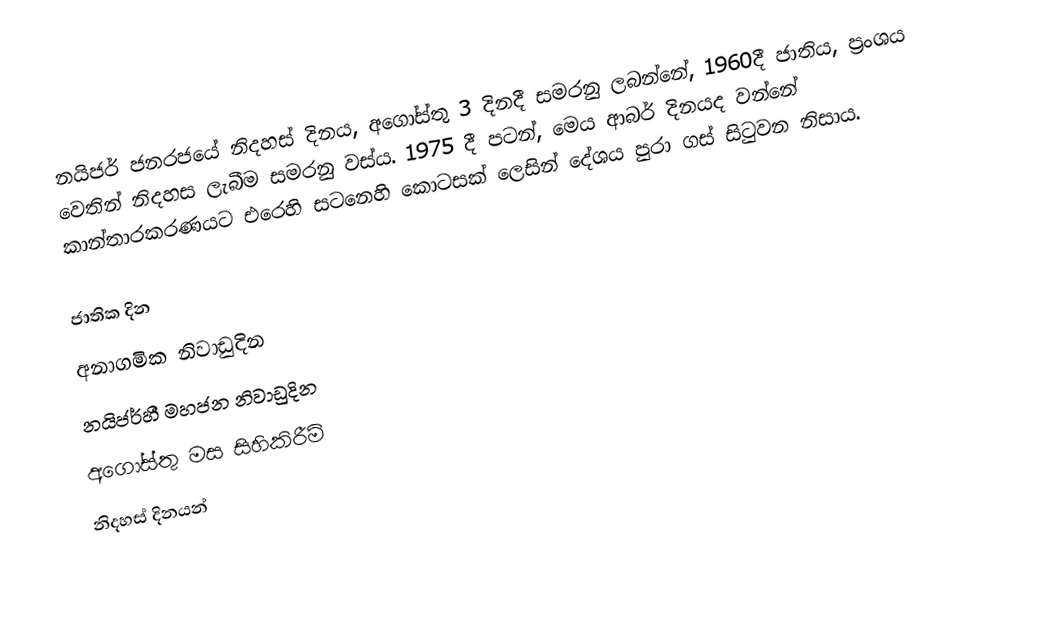
නයිජර් ජනරජයේ  නිදහස් දිනය, අගෝස්තු 3 දිනදී සමරනු ලබන්නේ, 1960දී ජාතිය, ප්‍රංශය වෙතින් නිදහස ලැබීම සමරනු වස්ය.  1975 දී පටන්, මෙය  ආබර් දිනයද වන්නේ  කාන්තාරකරණයට එරෙහි සටනෙහි කොටසක් ලෙසින් දේශය පුරා ගස් සිටුවන නිසාය.

ජාතික දින
අනාගමික නිවාඩුදින
නයිජර්හී මහජන නිවාඩුදින
අගෝස්තු මස සිහිකිරීම්
නිදහස් දිනයන්